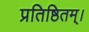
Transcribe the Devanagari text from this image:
प्रतिष्ठितम्‌।